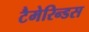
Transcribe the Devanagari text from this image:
टैमेरिन्डस